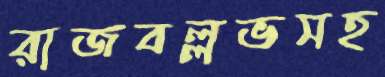
রাজবল্লভসহ